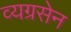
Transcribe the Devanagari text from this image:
व्यग्रसेन